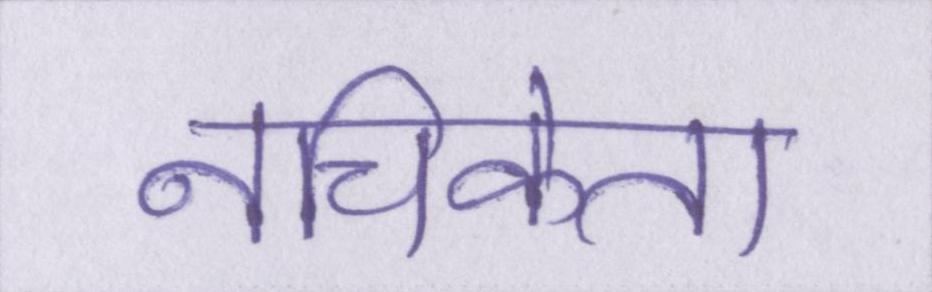
नचिकेता